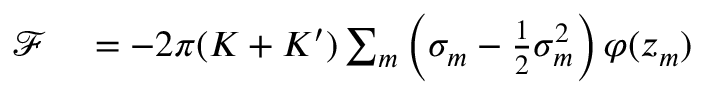
\begin{array} { r l } { \mathcal F } & { { } = - 2 \pi ( K + K ^ { \prime } ) \sum _ { m } \left( \sigma _ { m } - \frac { 1 } { 2 } \sigma _ { m } ^ { 2 } \right) \varphi ( z _ { m } ) } \end{array}